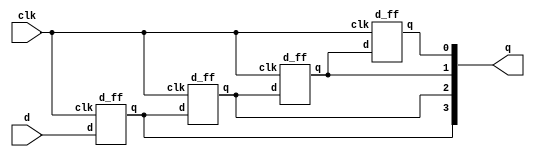
module sipo(input clk,d,output [3:0]q);
d_ff DFF1(clk,d,q[3]);
d_ff DFF2(clk,q[3],q[2]);
d_ff DFF3(clk,q[2],q[1]);
d_ff DFF4(clk,q[1],q[0]);
endmodule

module d_ff(input clk,d, output reg q);
always@(negedge clk) begin
q <= d;
end
endmodule